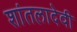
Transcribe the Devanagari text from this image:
शांतलादेवी